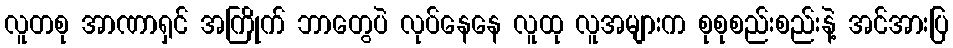
လူတစု အာဏာရှင် အကြိုက် ဘာတွေပဲ လုပ်နေနေ လူထု လူအများက စုစုစည်းစည်းနဲ့ အင်အားပြ